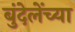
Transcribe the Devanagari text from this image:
बुंदेलेंच्या